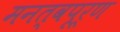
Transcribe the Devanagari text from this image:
मनत्वपूर्ण